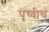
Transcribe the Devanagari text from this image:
पृथ्वीचं